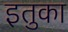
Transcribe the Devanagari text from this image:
इतुका